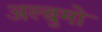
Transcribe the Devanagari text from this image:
अल्बुमो